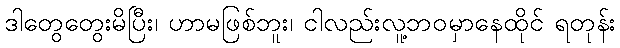
ဒါတွေတွေးမိပြီး၊ ဟာမဖြစ်ဘူး၊ ငါလည်းလူ့ဘဝမှာနေထိုင် ရတုန်း